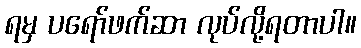
ရမှ ပရော်ဖက်ဆာ လုပ်လို့ရတာပါ။